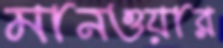
মানওয়ার